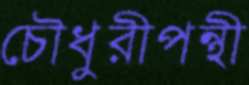
চৌধুরীপন্থী